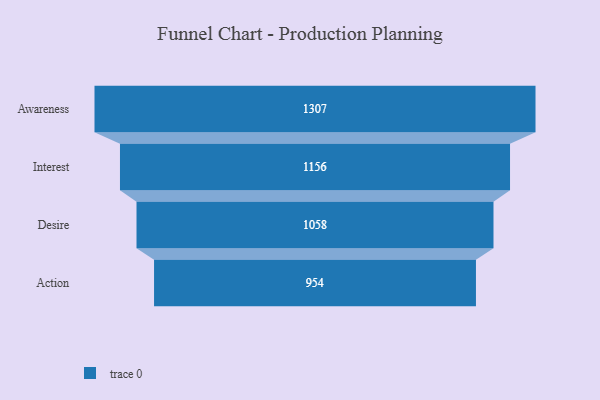
{"axis": {"x": "Stage", "y": "Value"}, "legend": [""], "data": [{"x": "Awareness", "y": 1307.0, "type": ""}, {"x": "Interest", "y": 1156.0, "type": ""}, {"x": "Desire", "y": 1058.0, "type": ""}, {"x": "Action", "y": 954.0, "type": ""}]}